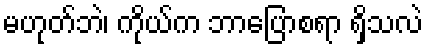
မဟုတ်ဘဲ၊ ကိုယ်က ဘာပြောစရာ ရှိသလဲ